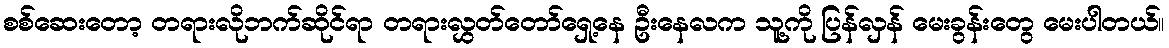
စစ်ဆေးတော့ တရားလိုဘက်ဆိုင်ရာ တရားလွှတ်တော်ရှေ့နေ ဦးနေလက သူ့ကို ပြန်လှန် မေးခွန်းတွေ မေးပါတယ်။